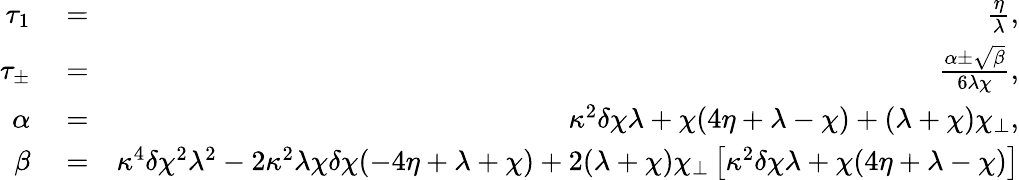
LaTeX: \begin{array}{rlr}{\tau_{1}}&{{}=}&{\frac{\eta}{\lambda},}\\ {\tau_{\pm}}&{{}=}&{\frac{\alpha\pm\sqrt{\beta}}{6\lambda\chi},}\\ {\alpha}&{{}=}&{\kappa^{2}\delta\chi\lambda+\chi(4\eta+\lambda-\chi)+(\lambda+\chi)\chi_{\perp},}\\ {\beta}&{{}=}&{\kappa^{4}\delta\chi^{2}\lambda^{2}-2\kappa^{2}\lambda\chi\delta\chi(-4\eta+\lambda+\chi)+2(\lambda+\chi)\chi_{\perp}\left[\kappa^{2}\delta\chi\lambda+\chi(4\eta+\lambda-\chi)\right]}\end{array}